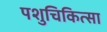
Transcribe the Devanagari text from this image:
पशुचिकित्‍सा